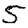
Digit: 5